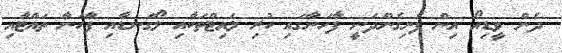
ދެން ވީޑިއޯ އިން ފެނިގެންދަނީ ފާހަނާގައި ހުރި ލައިޓްތަކާއި ލޯގަނޑާއި ފާހަނާ ތައްޓާއި